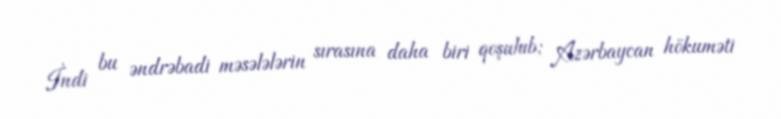
İndi bu əndrəbadi məsələlərin sırasına daha biri qoşulub; Azərbaycan hökuməti